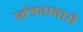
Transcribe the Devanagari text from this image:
स्वंत्रताचारी